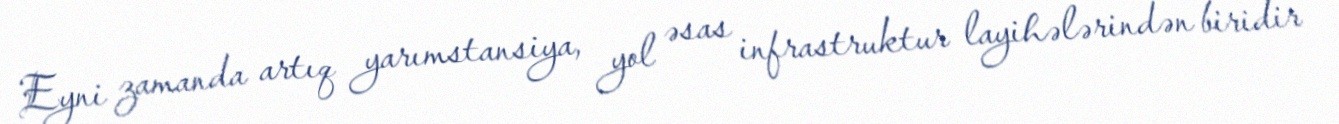
Eyni zamanda artıq yarımstansiya, yol əsas infrastruktur layihələrindən biridir